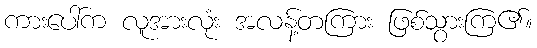
ကားပေါ်က လူအားလုံး အလန့်တကြား ဖြစ်သွားကြ၏။